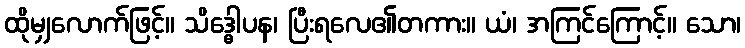
ထိုမျှလောက်ဖြင့်။ သိဒ္ဓေါပန၊ ပြီးရလေ၏တကား။ ယံ၊ အကြင်ကြောင့်။ သော၊